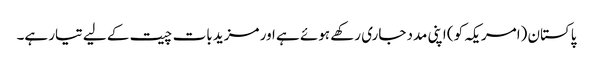
پاکستان (امریکہ کو) اپنی مدد جاری رکھے ہوئے ہے اور مزید بات چیت کے لیے تیار ہے۔